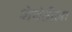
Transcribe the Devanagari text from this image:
शेवंतीला